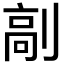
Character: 𠞟